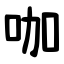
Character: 咖